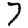
Digit: 7